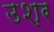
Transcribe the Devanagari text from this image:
उश्र